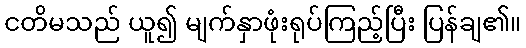
ငတိမသည် ယူ၍ မျက်နှာဖုံးရုပ်ကြည့်ပြီး ပြန်ချ၏။